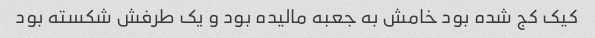
کیک کج شده بود خامش به جعبه مالیده بود و یک طرفش شکسته بود